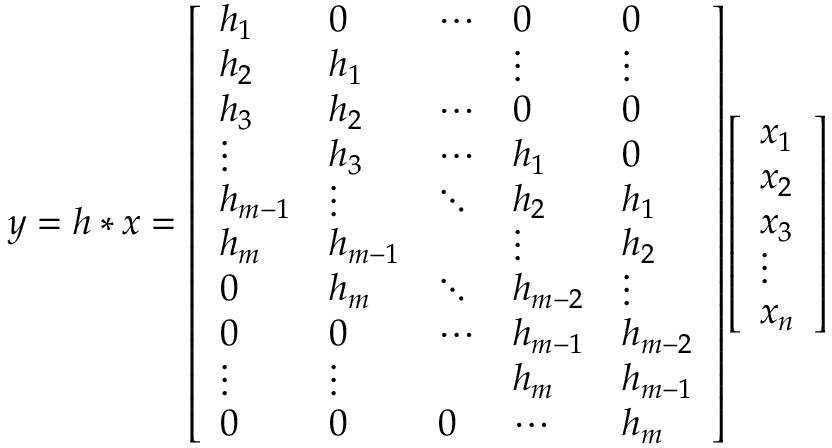
y = h \ast x = { \left[ \begin{array} { l l l l l } { h _ { 1 } } & { 0 } & { \cdots } & { 0 } & { 0 } \\ { h _ { 2 } } & { h _ { 1 } } & { } & { \vdots } & { \vdots } \\ { h _ { 3 } } & { h _ { 2 } } & { \cdots } & { 0 } & { 0 } \\ { \vdots } & { h _ { 3 } } & { \cdots } & { h _ { 1 } } & { 0 } \\ { h _ { m - 1 } } & { \vdots } & { \ddots } & { h _ { 2 } } & { h _ { 1 } } \\ { h _ { m } } & { h _ { m - 1 } } & { } & { \vdots } & { h _ { 2 } } \\ { 0 } & { h _ { m } } & { \ddots } & { h _ { m - 2 } } & { \vdots } \\ { 0 } & { 0 } & { \cdots } & { h _ { m - 1 } } & { h _ { m - 2 } } \\ { \vdots } & { \vdots } & { } & { h _ { m } } & { h _ { m - 1 } } \\ { 0 } & { 0 } & { 0 } & { \cdots } & { h _ { m } } \end{array} \right] } { \left[ \begin{array} { l } { x _ { 1 } } \\ { x _ { 2 } } \\ { x _ { 3 } } \\ { \vdots } \\ { x _ { n } } \end{array} \right] }